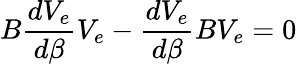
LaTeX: B\frac{dV_{e}}{d\beta}V_{e}-\frac{dV_{e}}{d\beta}BV_{e}=0